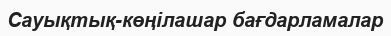
Сауықтық-көңілашар бағдарламалар